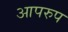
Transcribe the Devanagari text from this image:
आपरुप